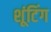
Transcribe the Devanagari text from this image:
शूंटिंग